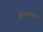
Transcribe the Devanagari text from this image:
गोपलसमुद्रम